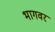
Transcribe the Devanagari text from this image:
भागवर